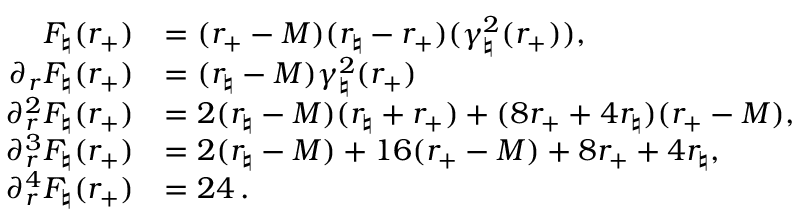
\begin{array} { r l } { F _ { \natural } ( r _ { + } ) } & { = ( r _ { + } - M ) ( r _ { \natural } - r _ { + } ) ( \gamma _ { \natural } ^ { 2 } ( r _ { + } ) ) , } \\ { \partial _ { r } F _ { \natural } ( r _ { + } ) } & { = ( r _ { \natural } - M ) \gamma _ { \natural } ^ { 2 } ( r _ { + } ) } \\ { \partial _ { r } ^ { 2 } F _ { \natural } ( r _ { + } ) } & { = 2 ( r _ { \natural } - M ) ( r _ { \natural } + r _ { + } ) + ( 8 r _ { + } + 4 r _ { \natural } ) ( r _ { + } - M ) , } \\ { \partial _ { r } ^ { 3 } F _ { \natural } ( r _ { + } ) } & { = 2 ( r _ { \natural } - M ) + 1 6 ( r _ { + } - M ) + 8 r _ { + } + 4 r _ { \natural } , } \\ { \partial _ { r } ^ { 4 } F _ { \natural } ( r _ { + } ) } & { = 2 4 \, . } \end{array}